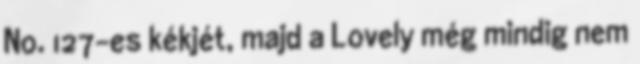
No. 127-es kékjét, majd a Lovely még mindig nem